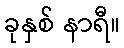
ခုနှစ် နာရီ။